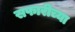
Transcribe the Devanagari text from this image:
सफारीच्या